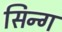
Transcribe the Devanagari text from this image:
सिन्ग